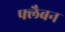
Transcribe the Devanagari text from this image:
फ्लैबन